Document type: Emphyteutic lease
Year: 1283
Scribe: Pere Marquès
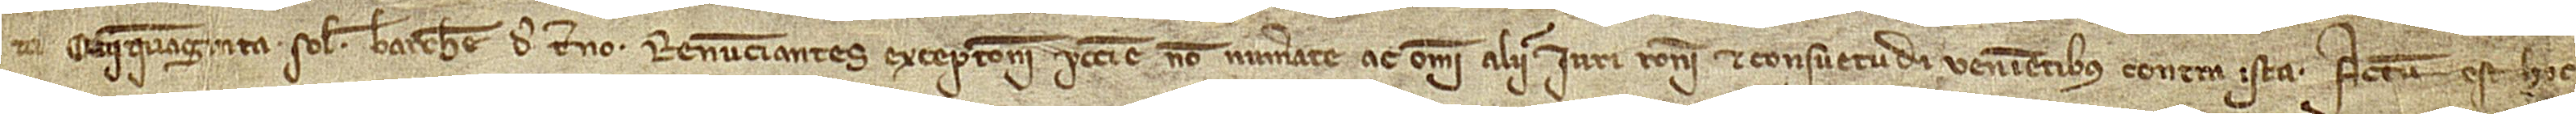
ta cinquaginta solidos Barchinone de terno. Renunciantes exceptioni peccunie non numerate ac omni aliis iuri, rationi et consuetudi(ni) venientibus contra ista. Actum est hoc ka-